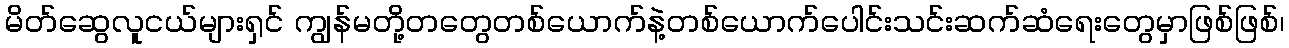
မိတ်ဆွေလူငယ်များရှင် ကျွန်မတို့တတွေတစ်ယောက်နဲ့တစ်ယောက်ပေါင်းသင်းဆက်ဆံရေးတွေမှာဖြစ်ဖြစ်၊